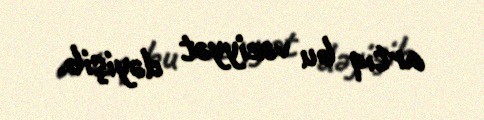
artıq bu vəziyyət dəyişib.